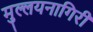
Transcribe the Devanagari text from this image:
मुल्लयनागिरी